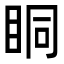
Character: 眮